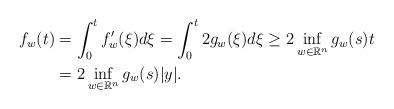
LaTeX: \begin{align*}f_w(t)&=\int_0^t f'_w(\xi)d\xi= \int_0^t 2g_w(\xi)d\xi \geq\displaystyle 2\inf_{w\in\mathbb{R}^n}g_w(s) t\\&= \displaystyle 2\inf_{w\in \mathbb{R}^n} g_w(s) |y|.\\\end{align*}